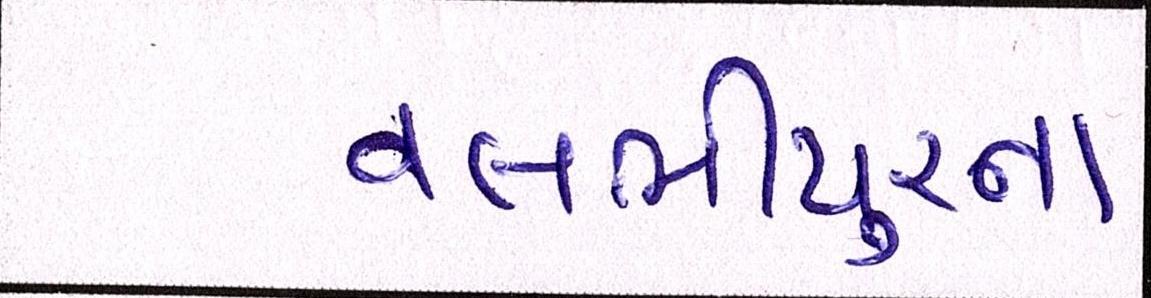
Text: વલભીપુરના